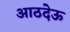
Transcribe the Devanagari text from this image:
आठदेऊ